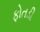
ફોતડી